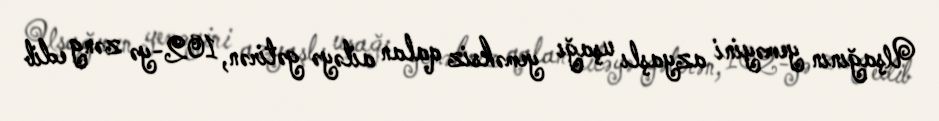
Uşağının yeməyini azyaşlı uşağı yeməksiz qalan ailəyə gətirən, 102-yə zəng edib